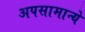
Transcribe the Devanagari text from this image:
अपसामान्ये